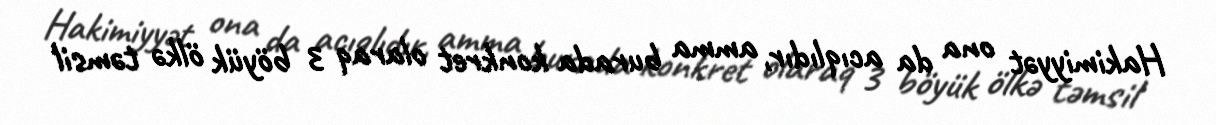
Hakimiyyət ona da acıqlıdır, amma burada konkret olaraq 3 böyük ölkə təmsil